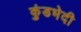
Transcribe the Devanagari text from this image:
कुंडभेदी